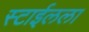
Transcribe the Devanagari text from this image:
स्टाईलला